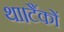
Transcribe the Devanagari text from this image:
था।टैंकों